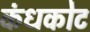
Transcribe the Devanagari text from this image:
कंधकोट